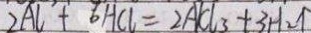
3 A L + 6 H C L = 2 A C _ { 3 } + 3 H _ { 2 } \uparrow